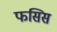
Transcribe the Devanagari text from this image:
फसिस